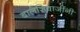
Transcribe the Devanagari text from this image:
बालशिवाजींनी